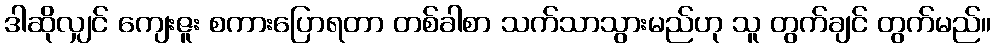
ဒါဆိုလျှင် ကျေးဇူး စကားပြောရတာ တစ်ခါစာ သက်သာသွားမည်ဟု သူ တွက်ချင် တွက်မည်။